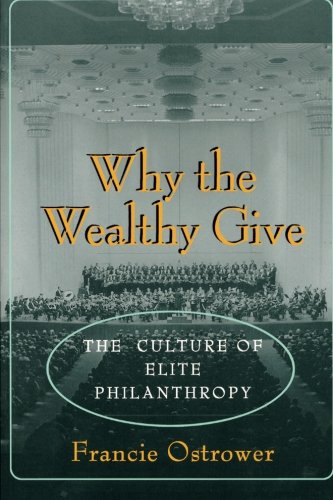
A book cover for Why the Wealthy Give; Francie Ostrower; Business & Money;